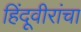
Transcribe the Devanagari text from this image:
हिंदूवीरांचा